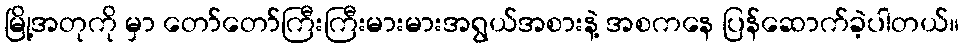
မြို့အတုကို မှာ တော်တော်ကြီးကြီးမားမားအရွယ်အစားနဲ့ အစကနေ ပြန်ဆောက်ခဲ့ပါတယ်။